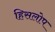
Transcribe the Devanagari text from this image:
हिसलोप